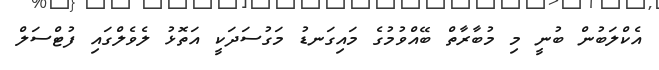
އެކްލަބުން ބުނީ މި މުބާރާތް ބޭއްވުމުގެ މައިގަނޑު މަގުސަދަކީ އަތޮޅު ލެވެލްގައި ފުޓްސަލް